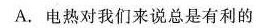
A.电热对我们来说总是有利的